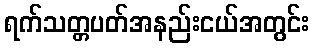
ရက်သတ္တပတ်အနည်းငယ်အတွင်း